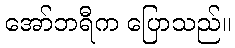
အော်ဘရီက ပြောသည်။